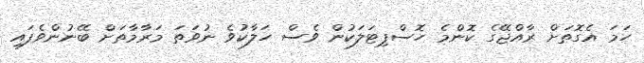
ހަމަ އެގޮތަށް ރާއްޖޭގެ ކޮންމެ ހޮސްޕިޓަލަކުން ވެސް ހަލާކުވެ ނުވަތަ މަރާމާތަށް ބޭނުންވެފައި